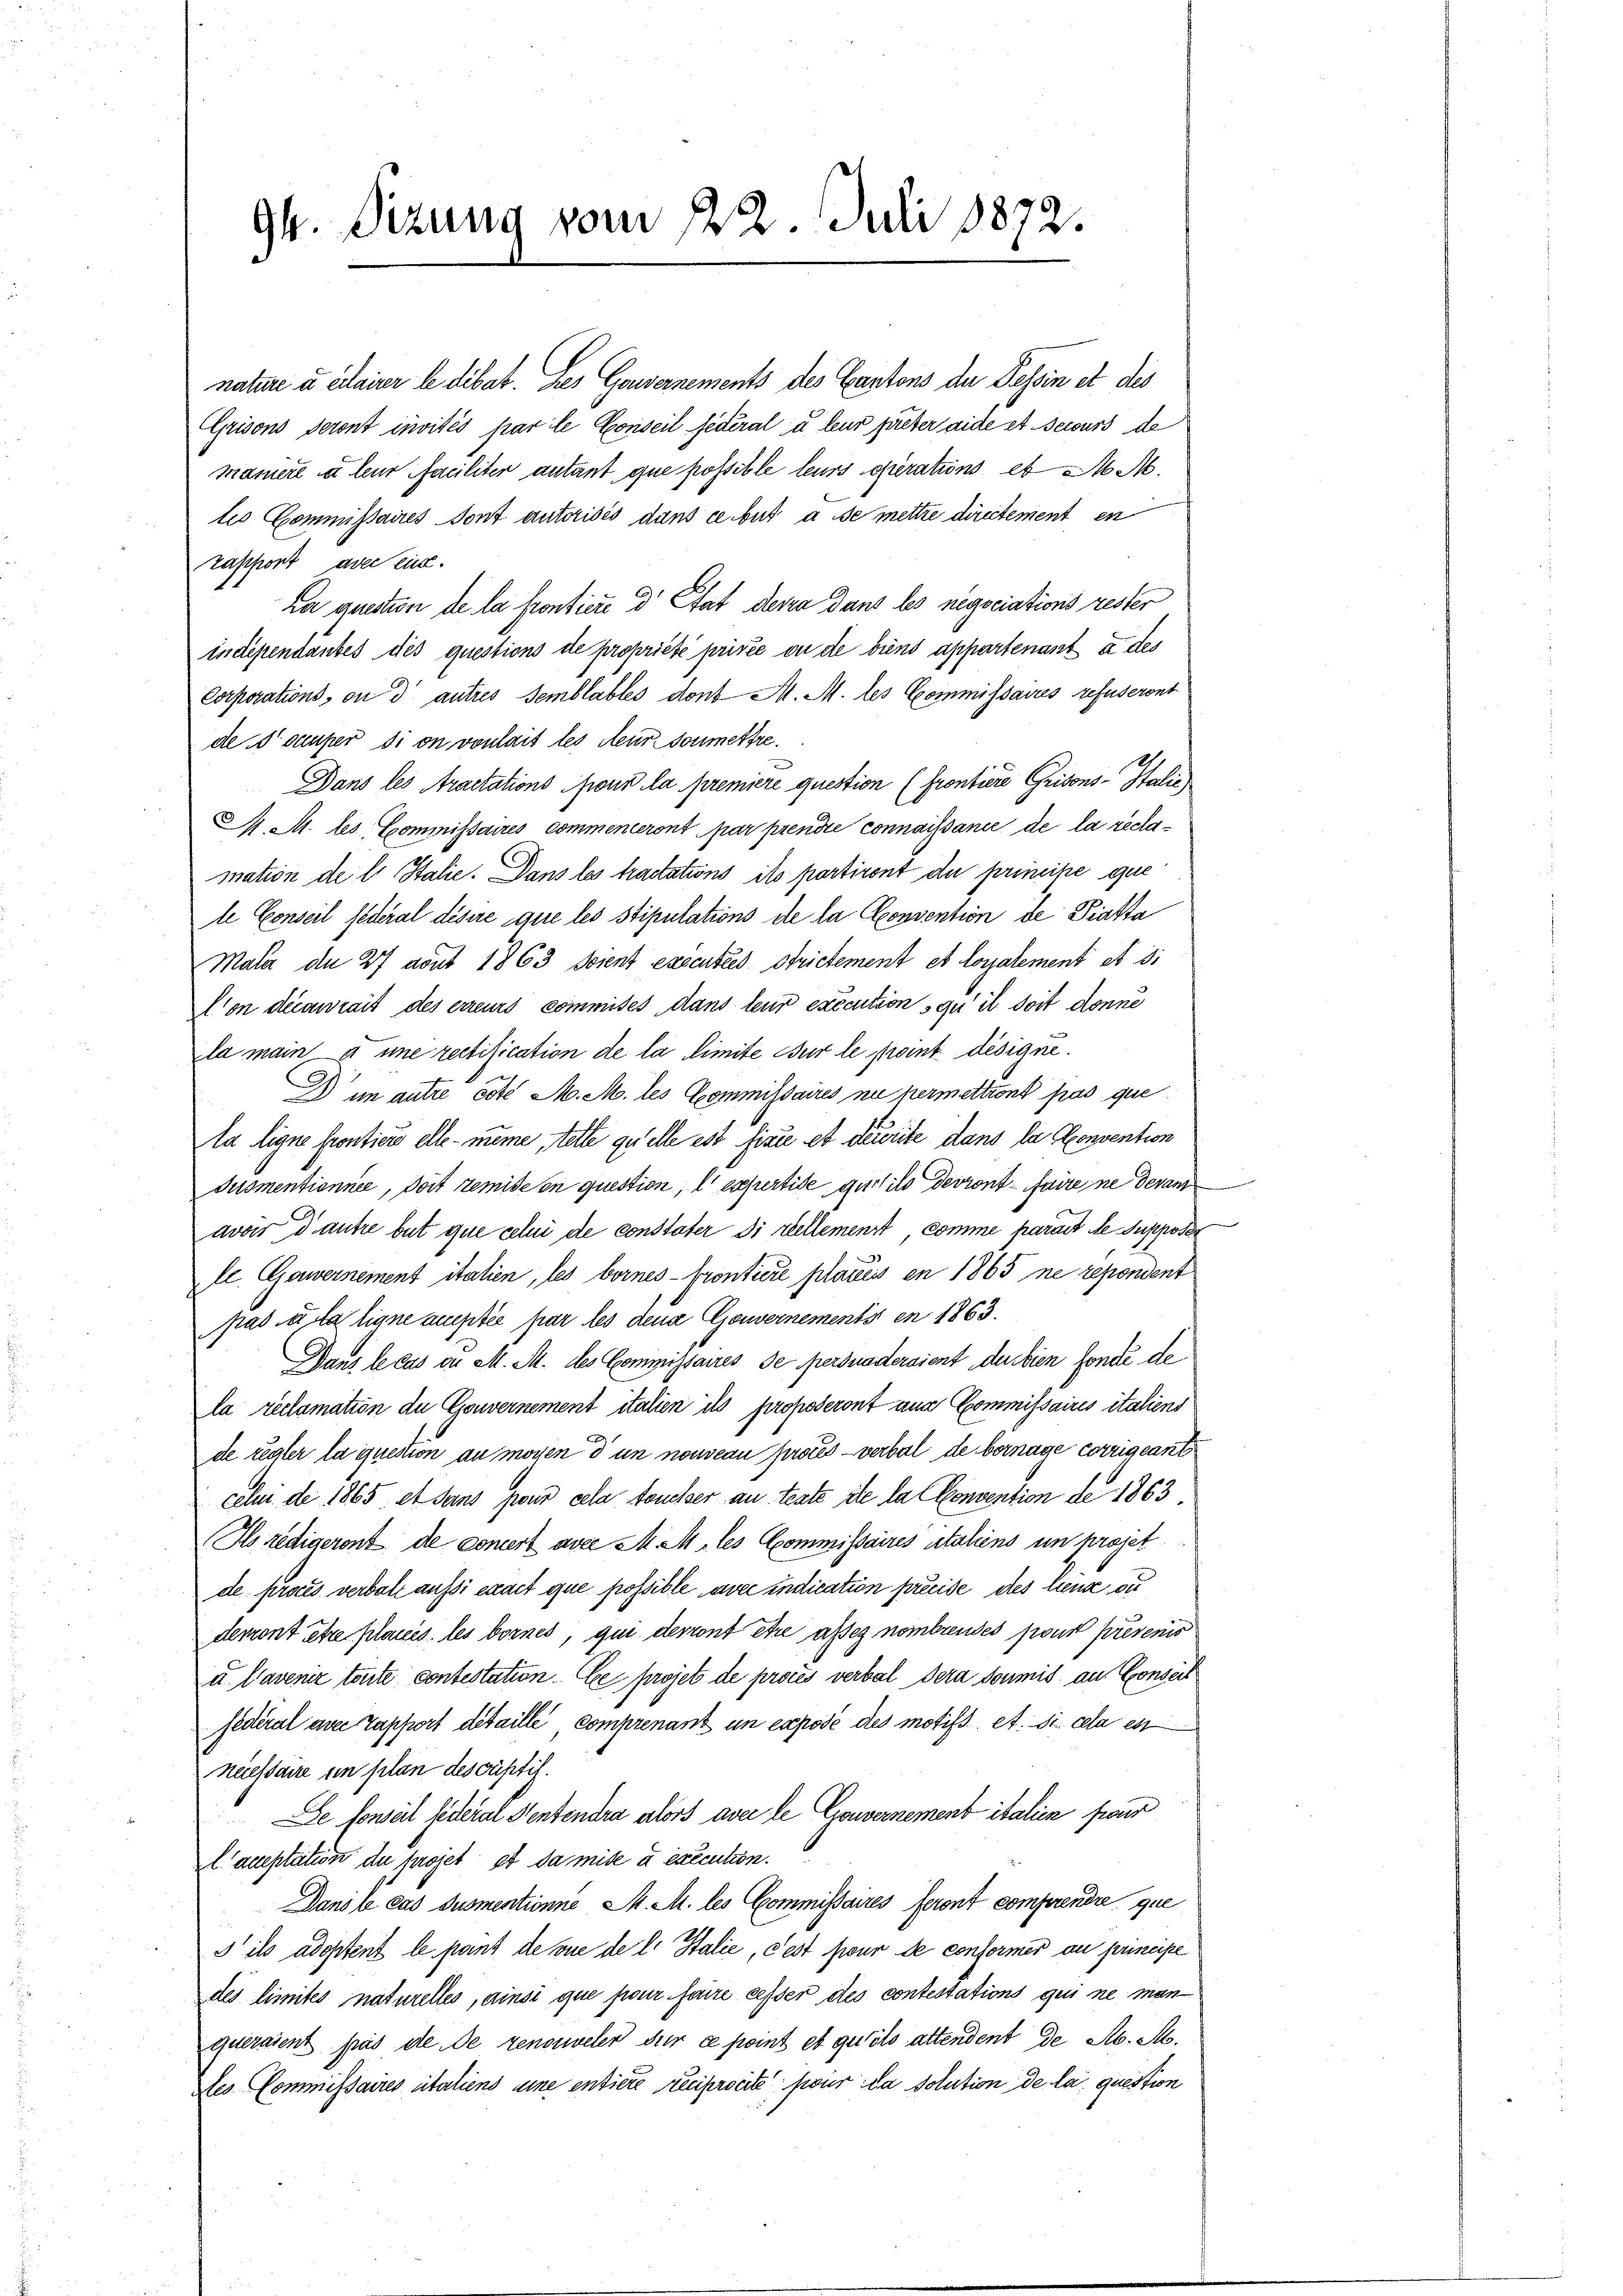
94. Sizung vom 22. Juli 1872.

nature u erlasser le dibat. Des Gouvernements des Cantons der Tessin et des
Grisons seront invités par le Conseil jederal u. leur prieter aide et securs de
masiert u leur faciliter autant que possible leurs querations et M. M.
tis Commissaires dont autorisés dans ce but à se mettre dictement en
rapport avec ein.
ra auction de la frontici d Stat devra dans les negociations rester
indépendantes des questions de propriété privée ou de biens appartenant a des
Corporations, ou d’ autres semblables dont M. M. les Commissaires refuseront
desauper di on vonlais les teur soumettre.
Dans les Aractations pour la première question (Prontiere Grisons-Italie
M. M. les Commissaires commenceront par prendie connaissance de la reclamation de l. Stalie. Dans les tractations ils portiront du princine gue
te Conseil federal désire que les stipulations de la Convention de Piatta
Mala de 27 aout 1863 soient executées strictement es loyalement et si
Cion decaurait des erreurs commises dans leur exécution qu’ il doit donne
la main à une rectification de la limite sur le point désigne.
 im autre cobi M. M. les Commissaires ne permettront pas que
la ligne frontiere elle - meine, telle quelle est fixie et dirite dans la Convention
Jusmentionnée, doit temide en question, les pertise quisito devront faire ne devan
avar d’autre but que sehn de constater di reellemenst comme parait le Supposer
le. Gawernement italien, les bornes - Frontiere placiers en 1865 ne repondent
pas à la ligne auchetée par les dena Gouvernements en 1863.
Dans le cas du M. M. des Commissaires de perduaderaient du bien fondé de
la reclamation de Gouvernement italien ils proposeront aus Commissaires italiens
de regler la question au moyen d un nouveau proces - verbal de bernage corrigeant
celui de 1865 et sans pour cela toucher an teste ste la Convention de 1863
Ils redigeront de concert avec M. M. les Commissaires italiens in projet
de proces verbot aussi exact que possible avec indication preise des lende du
derront être plauis les bornes, qui devront être assez nombrendes fruit présenio
u. lavenir toute contestation Ee projet de proces verbal dera soumis an Conseit
fédéral avec Tapport detaille Comprenant in exposée des motifs et. Si cela es
neessaire in plan dessistis.
De fonseit federal Sentendra alors avec le Couvernement italien four
laceptation du projet et da mise à exécution.
Dans le cas Susmentionne M. M. les Commissaires feront comprendre que
 ils adoptent le pant de vue de l. Stalie, c’est fur de conformer au principe
des limites naturelles, ainsi que franz faire cesser des contestations qui ne man
queraient pas die de renouveler für de point et qu’ils altendent de Ab. Al.
les Commissaires italiens eine entière reciprocite für da solution de la question